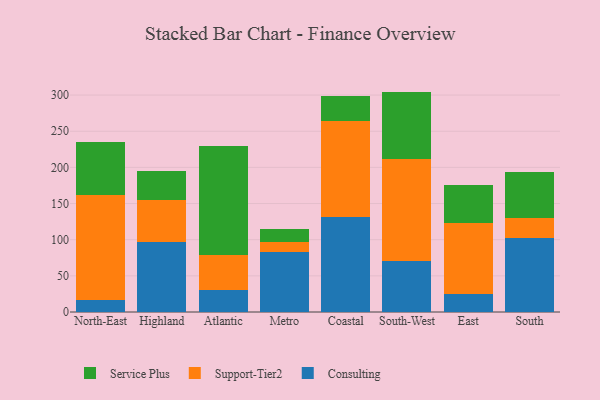
{"axis": {"x": "Region", "y": "Production Output"}, "legend": ["Consulting", "Service Plus", "Support-Tier2"], "data": [{"x": "North-East", "y": 16.2, "type": "Consulting"}, {"x": "North-East", "y": 146.3, "type": "Support-Tier2"}, {"x": "North-East", "y": 72.3, "type": "Service Plus"}, {"x": "Highland", "y": 96.3, "type": "Consulting"}, {"x": "Highland", "y": 58.4, "type": "Support-Tier2"}, {"x": "Highland", "y": 40.5, "type": "Service Plus"}, {"x": "Atlantic", "y": 30.5, "type": "Consulting"}, {"x": "Atlantic", "y": 48.6, "type": "Support-Tier2"}, {"x": "Atlantic", "y": 150.4, "type": "Service Plus"}, {"x": "Metro", "y": 83.2, "type": "Consulting"}, {"x": "Metro", "y": 13.5, "type": "Support-Tier2"}, {"x": "Metro", "y": 17.4, "type": "Service Plus"}, {"x": "Coastal", "y": 131.6, "type": "Consulting"}, {"x": "Coastal", "y": 132.8, "type": "Support-Tier2"}, {"x": "Coastal", "y": 34.2, "type": "Service Plus"}, {"x": "South-West", "y": 69.9, "type": "Consulting"}, {"x": "South-West", "y": 141.8, "type": "Support-Tier2"}, {"x": "South-West", "y": 93.1, "type": "Service Plus"}, {"x": "East", "y": 24.8, "type": "Consulting"}, {"x": "East", "y": 98.2, "type": "Support-Tier2"}, {"x": "East", "y": 53.2, "type": "Service Plus"}, {"x": "South", "y": 101.8, "type": "Consulting"}, {"x": "South", "y": 28.2, "type": "Support-Tier2"}, {"x": "South", "y": 64.3, "type": "Service Plus"}]}